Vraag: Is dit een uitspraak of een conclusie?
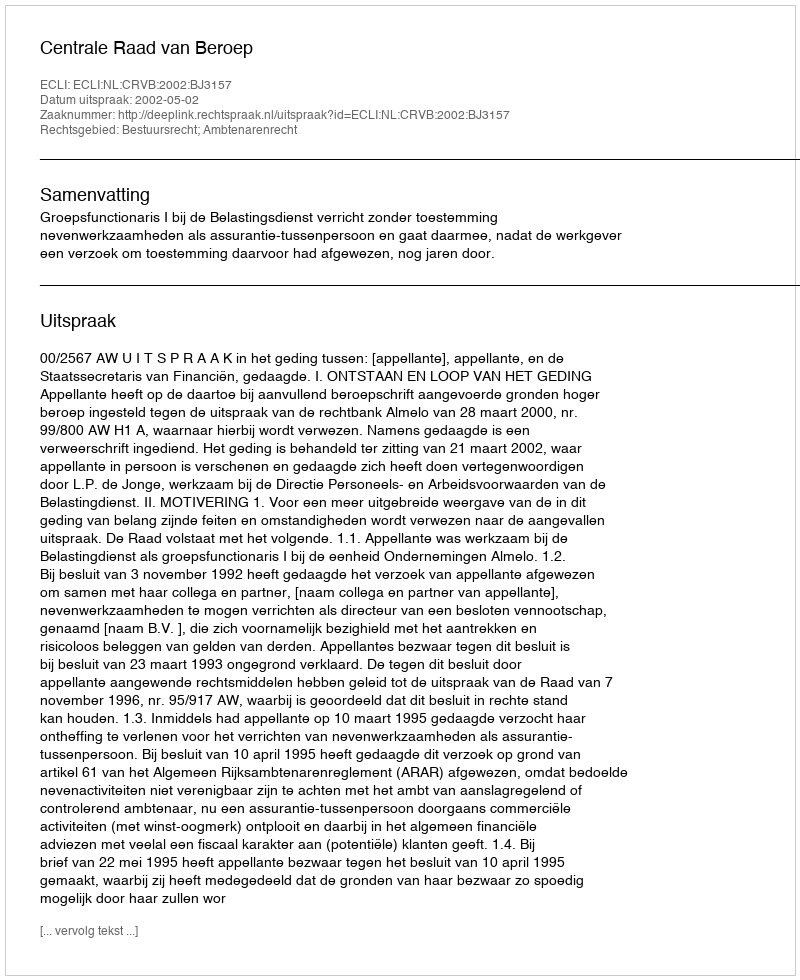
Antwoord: Uitspraak